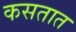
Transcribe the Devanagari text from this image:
कसतात